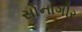
સોનાગીર